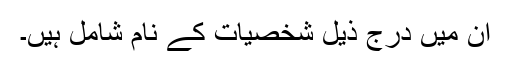
ان میں درج ذیل شخصیات کے نام شامل ہیں۔